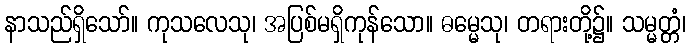
နာသည်ရှိသော်။ ကုသလေသု၊ အပြစ်မရှိကုန်သော။ ဓမ္မေသု၊ တရားတို့၌။ သမ္မတ္တံ၊